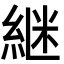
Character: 継